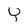
Character: Y